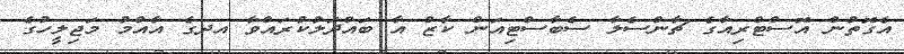
އެގޮތުން އޮސްޓްރިއާގެ ޗާންސެލާ ސެބާސްޓިއަން ކާޒް އާ ބައްދަލުކުރައްވާ އދގެ އާއްމު މަޖިލީހުގެ